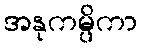
အနုကမ္ပိကာ